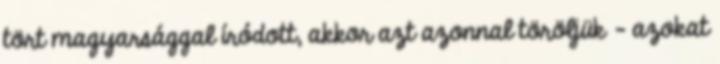
tört magyarsággal íródott, akkor azt azonnal töröljük – azokat